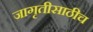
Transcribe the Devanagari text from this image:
जागृतीसाठीच